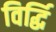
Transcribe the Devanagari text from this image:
विर्द्धि